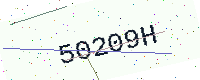
Text: 50209H